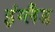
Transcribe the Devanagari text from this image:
इंग्‍लैड